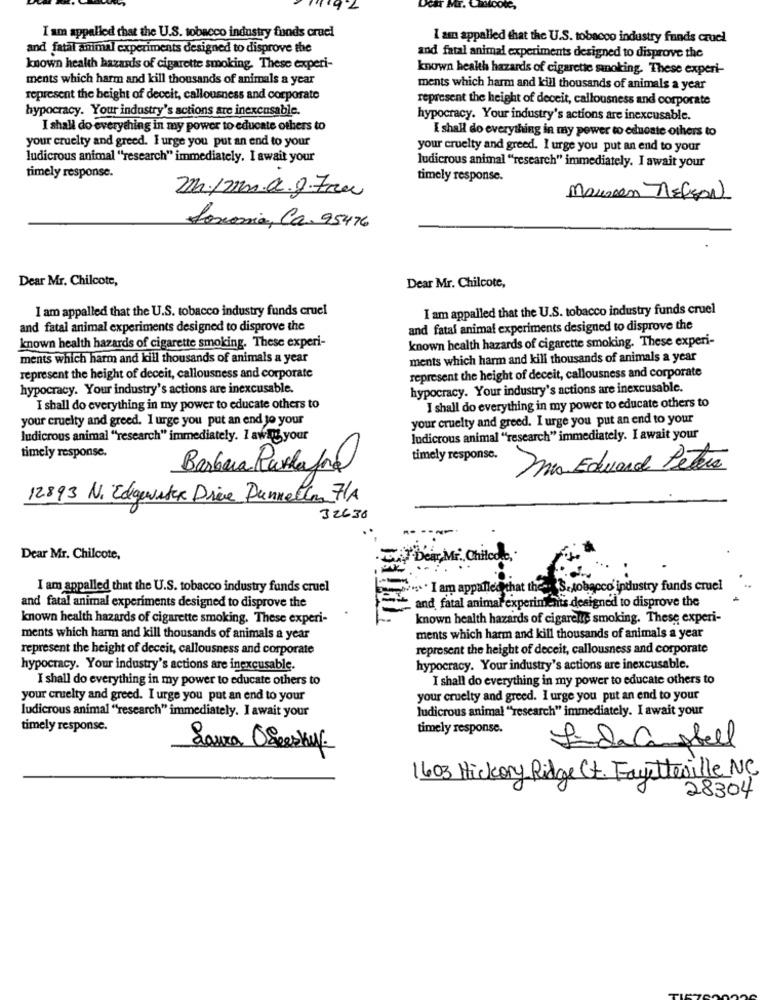
I am appalled that the U.S. tobacco industry fonds cruel
I am appalled that the U.S. tobacco industry funds cruel
and fatal animal experiments designed to disprove the
and fatal animal experiments designed to disprove the
known health hazards of cigarette smoking. These experi-
known health hazards of cigarette smoking. These experi-
ments which harm and kill thousands of animals a year
ments which harm and kill thousands of animals a year
represent the height of deceit, callousness and corporate
represent the height of deceit, callousness and corporate
hypocracy. Your industry's actions are inexcusable.
hypocracy. Your industry's actions are inexcusable.
I shall do everything in my power to educate others to
I shall do everything in my power to educate others to
your cruelty and greed. I urge you put an end to your
your cruelty and greed. I urge you put an end to your
ludicrous animal ""research" immediately. I await your
ludicrous animal "research" immediately. I await your
timely response.
timely response.
2m./2m.c.g.7cm
Maureen nelson
Joseonia, Ca. 95476
Dear Mr. Chilcote,
Dear Mr. Chilcote,
I am appalled that the U.S. tobacco industry funds cruel
I am appalled that the U.S. tobacco industry funds cruel
and fatal animal experiments designed to disprove the
and fatal animal experiments designed to disprove the
known health hazards of cigarette smoking. These experi-
known health hazards of cigarette smoking. These experi-
ments which harm and kill thousands of animals a year
ments which harm and kill thousands of animals a year
represent the height of deceit, callousness and corporate
represent the height of deceit, callousness and corporate
hypocracy. Your industry's actions are inexcusable.
hypocracy. Your industry's actions are inexcusable.
I shall do everything in my power to educate others to
I shall do everything in my power to educate others to
your cruelty and greed. I urge you put an end to your
your cruelty and greed. I urge you put an end to your
ludicrous animal "research" immediately. 1 av Ig your
ludicrous animal "research" immediately. I await your
timely response.
timely response.
Barbera Parlafora
mo Edward Petra
12893 N. Edgewater Drive Dunnellon 7/A
32638
Dear Mr. Chilcote,
Dear Mr. Chilode,
I am appalled that the U.S. tobacco industry funds cruel
" .. . I am appalled that the -. S.tobacco' industry funds cruel
and fatal animal experiments designed to disprove the
and fatal animal experiments designed to disprove the
known health hazards of cigarette smoking. These experi-
known health hazards of cigarette smoking. These experi-
ments which harm and kill thousands of animals a year
ments which harm and kill thousands of animals a year
represent the height of deceit, callousness and corporate
represent the height of deceit, callousness and corporate
hypocracy. Your industry's actions are inexcusable.
hypocracy. Your industry's actions are inexcusable.
I shall do everything in my power to educate others to
I shall do everything in my power to educate others to
your cruelty and greed. I urge you put an end to your
your cruelty and greed. I urge you put an end to your
ludicrous animal "research" immediately. I await your
ludicrous animal "research" immediately. I await your
timely response.
timely response.
00
Laura OSverkyy.
IndaCastell
1603 Hickory Ridge Ct. Fayetteville NC
28304